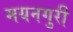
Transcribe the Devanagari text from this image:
मयनगुरी